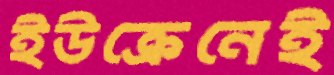
ইউক্রেনেই